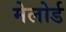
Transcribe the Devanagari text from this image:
मेलोर्ड